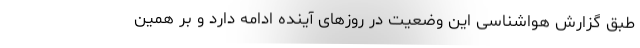
طبق گزارش هواشناسی این وضعیت در روزهای آینده ادامه دارد و بر همین